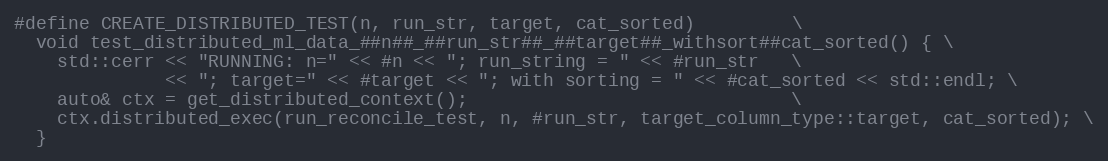
Language: C++
#define CREATE_DISTRIBUTED_TEST(n, run_str, target, cat_sorted)         \
  void test_distributed_ml_data_##n##_##run_str##_##target##_withsort##cat_sorted() { \
    std::cerr << "RUNNING: n=" << #n << "; run_string = " << #run_str   \
              << "; target=" << #target << "; with sorting = " << #cat_sorted << std::endl; \
    auto& ctx = get_distributed_context();                              \
    ctx.distributed_exec(run_reconcile_test, n, #run_str, target_column_type::target, cat_sorted); \
  }